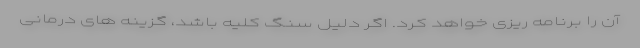
آن را برنامه ریزی خواهد کرد. اگر دلیل سنگ کلیه باشد، گزینه های درمانی